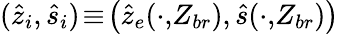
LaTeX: (\hat{z}_{i},\hat{s}_{i})\! \equiv\! \big(\hat{z}_{e}(\cdot,\! Z_{br}),\hat{s}(\cdot,\! Z_{br})\big)